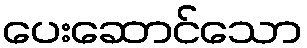
ပေးဆောင်သော